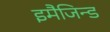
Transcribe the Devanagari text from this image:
इमैजिन्ड